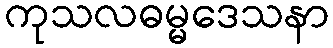
ကုသလဓမ္မဒေသနာ